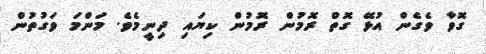
ގޮވާ ވެގެން އުޅޭ ގޮތް ރޮމުން ރޮމުން ކިޔައި ދިނީމެވެ. މަންމަ ވަގުތުން